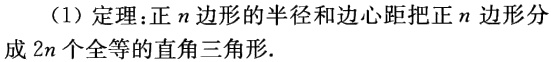
（1）定理：正\(n\)边形的半径和边心距把正\(n\)边形分成\(2n\)个全等的直角三角形.